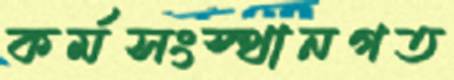
কর্মসংস্থানগত